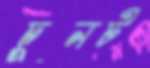
চুনট